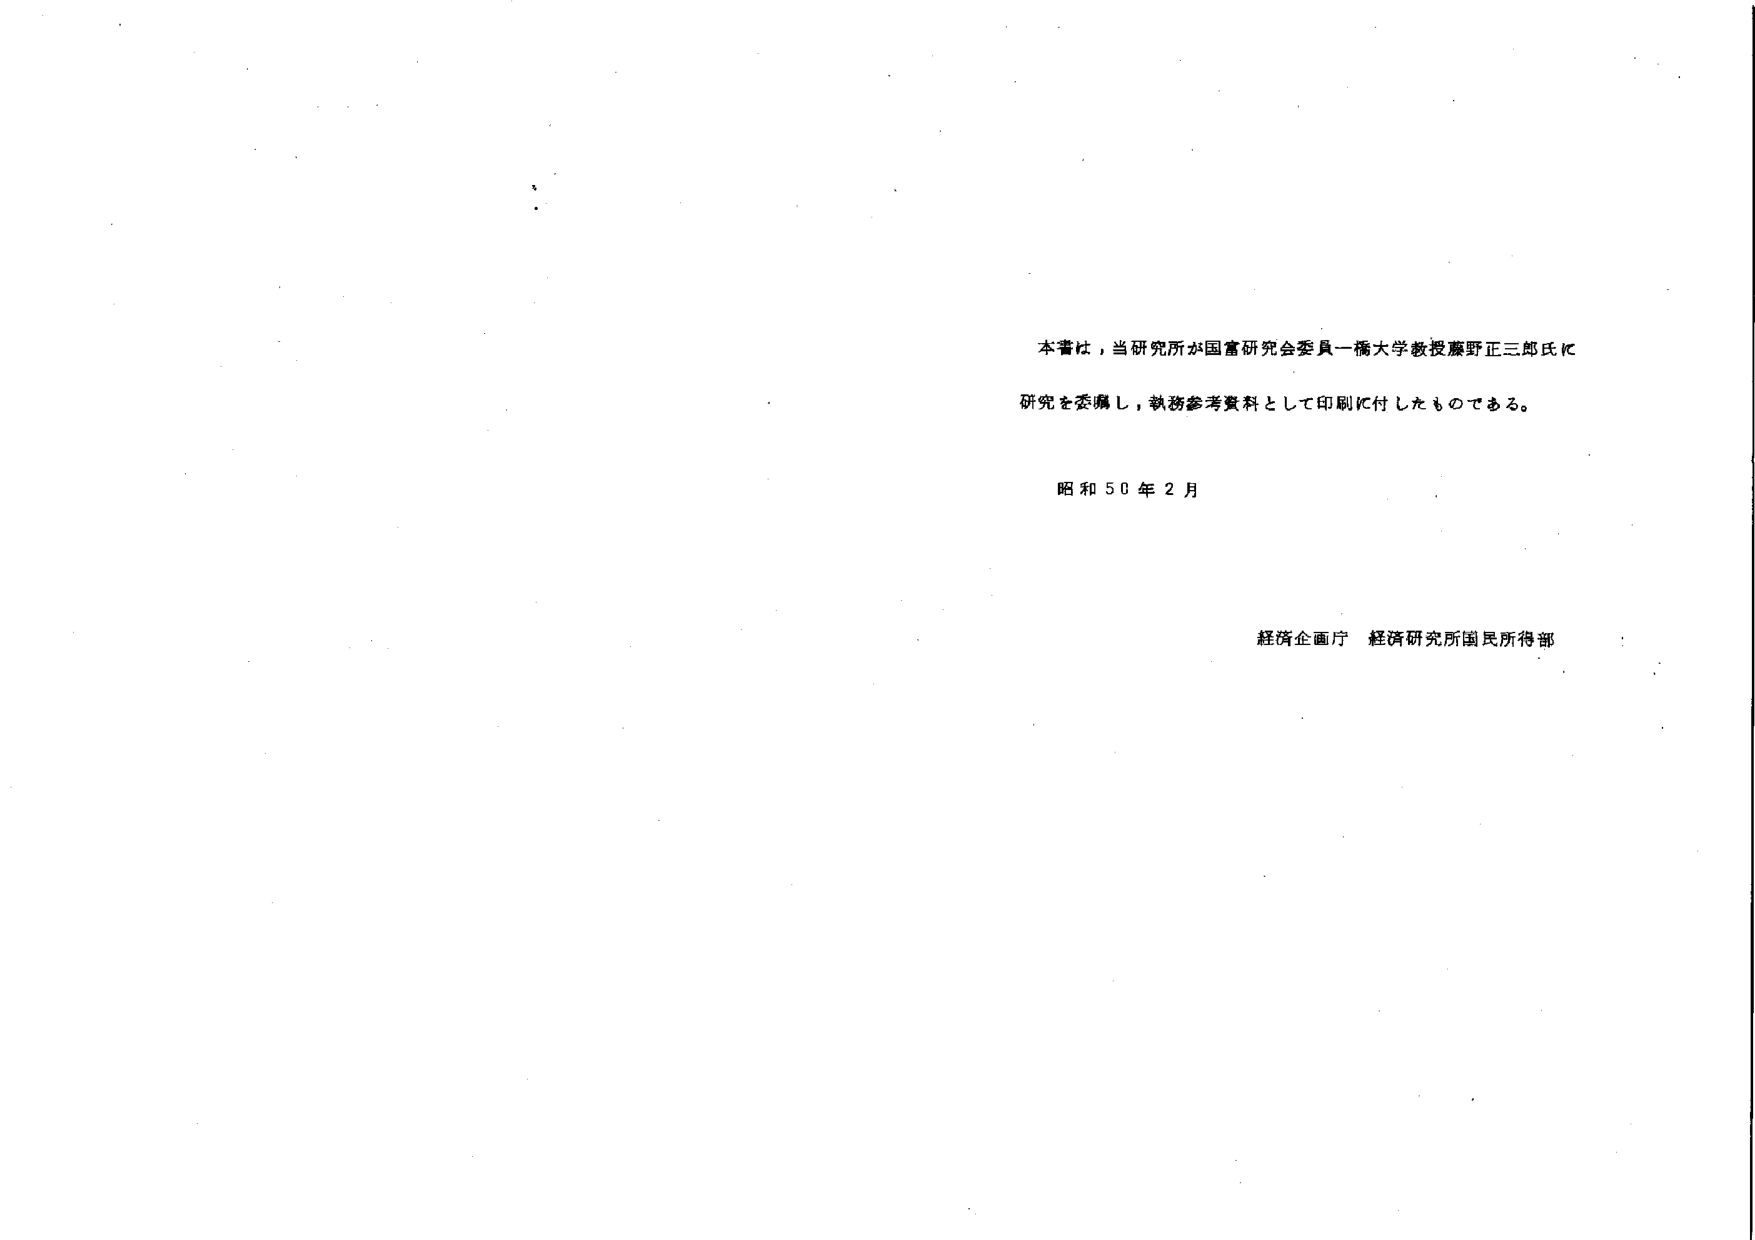
本書は、当研究所が国富研究会委員一橋大学教授藤野正三郎氏に
研究を委嘱し、執務参考資料として印刷に付したものである。

昭和50年2月

経済企画庁 経済研究所国民所得部